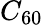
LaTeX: C_{60}